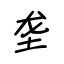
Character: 垄